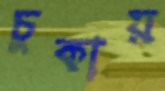
চুকায়